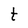
Character: t